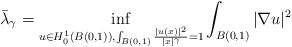
LaTeX: \begin{align*} \bar \lambda_\gamma = \inf _{ u\in H_0^1( B(0,1)), \int_{B(0,1)}\frac{|u(x)|^2}{|x|^\gamma} =1} \int _{B(0,1)}| \nabla u |^2 \end{align*}